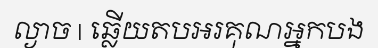
ល្ងាច | ឆ្លើយតបអរគុណអ្នកបង